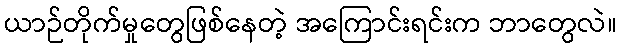
ယာဉ်တိုက်မှုတွေဖြစ်နေတဲ့ အကြောင်းရင်းက ဘာတွေလဲ။